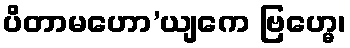
ပိတာမဟော’ယျကေ ဗြဟ္မေ၊